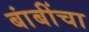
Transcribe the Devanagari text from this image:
बांबींचा